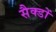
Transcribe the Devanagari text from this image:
सैक्डों